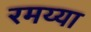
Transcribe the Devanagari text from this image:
रमय्या